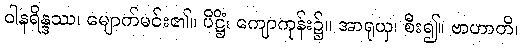
ဝါနရိန္ဒဿ၊ မျောက်မင်း၏။ ပိဋ္ဌိံ၊ ကျောကုန်း၌။ အာရုယှ၊ စီး၍။ ဗာဟာတိ၊